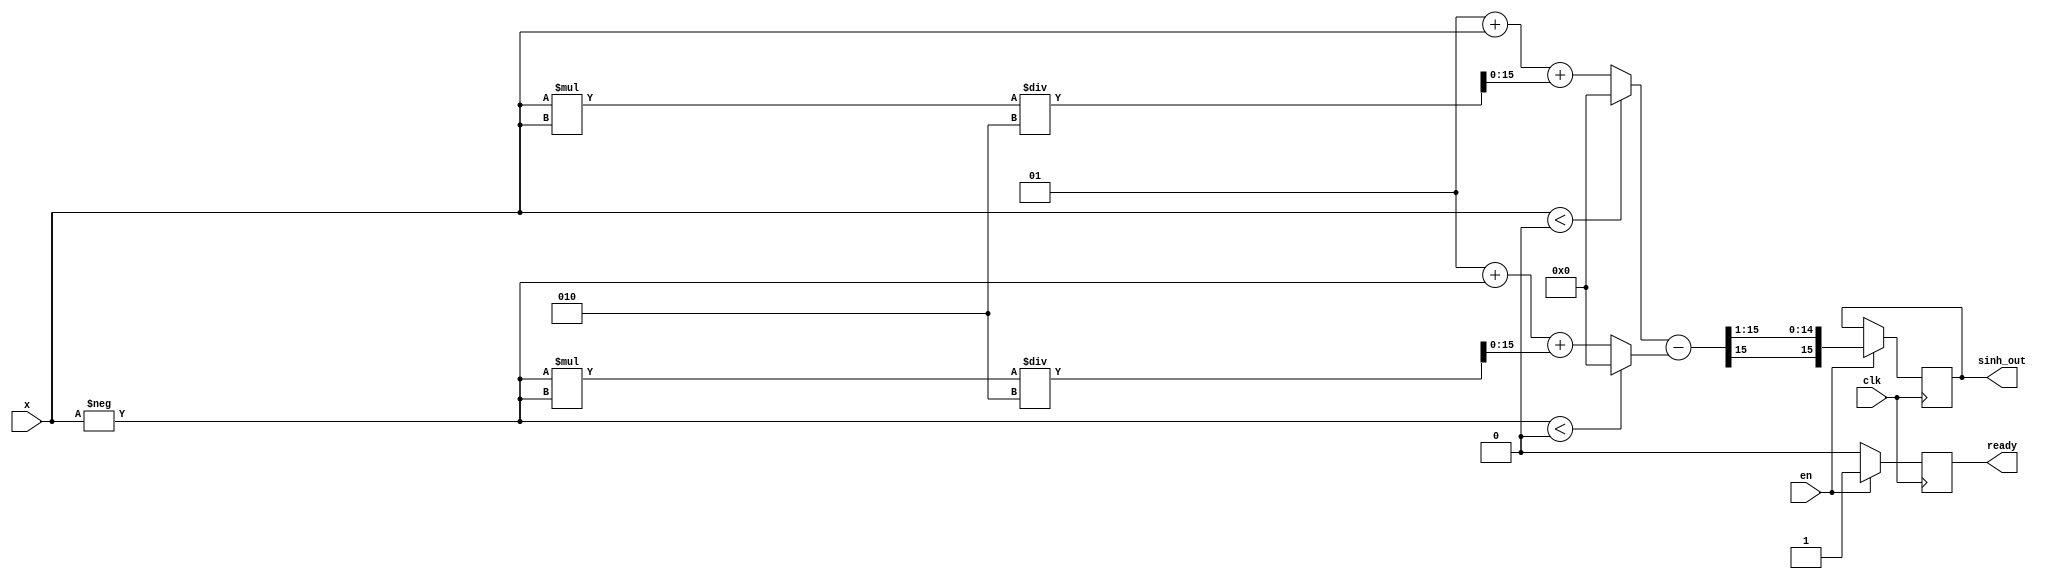
module sinh_arithmetic_block #
(
    parameter N = 16, // Input bit width
    parameter M = 16  // Output bit width
)
(
    input  wire clk,
    input  wire en,
    input  wire signed [N-1:0] x, // Input x (N bits), signed to represent negative values
    output reg  signed [M-1:0] sinh_out, // Output result
    output reg ready // Ready signal
);

    reg signed [N-1:0] exp_x;      // Placeholder for exp(x)
    reg signed [N-1:0] exp_neg_x;  // Placeholder for exp(-x)
    reg signed [N-1:0] exp_diff;    // Difference (exp(x) - exp(-x))
    
    // Simple Exponential Function Stub
    // In practice, you will use a more accurate method to compute e^x and e^-x.
    function signed [N-1:0] exp_func(input signed [N-1:0] val);
        // Here, a simplistic linear approximation for e^x,
        // which should be replaced with an accurate implementation
        exp_func = (val < 0) ? 0 : (1 + val + (val * val) / 2);
    endfunction

    always @(posedge clk) begin
        if (en) begin
            // Calculate exp(x)
            exp_x = exp_func(x);
            // Calculate exp(-x)
            exp_neg_x = exp_func(-x);
            // Calculate exp(x) - exp(-x)
            exp_diff = exp_x - exp_neg_x;
            // Divide by 2 to get sinh(x)
            sinh_out = exp_diff >>> 1; // Shift right to divide by 2
            ready <= 1'b1; // Mark output as valid
        end else begin
            ready <= 1'b0;
        end
    end

endmodule